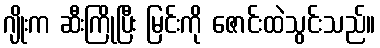
ဂျိုးက ဆီးကြိုပြီး မြင်းကို ဇောင်းထဲသွင်းသည်။